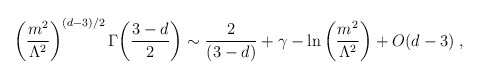
\begin{align*}\left(\frac{m^2}{\Lambda^{2}}\right)^{(d-3)/2}\Gamma{\left(\frac{3-d}{2}\right)}\sim{\frac{2}{(3-d)}}+\gamma-{\ln}\left(\frac{m^2}{\Lambda^{2}}\right)+O(d-3) \; ,\end{align*}